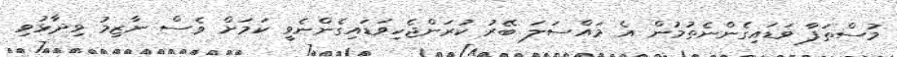
މުސްތަފާ ވަޑައިގެންނެތުމުން އެ މައްސަލަ ބޭރު ކުރަންޖެހިވަޑައިގެންނެވީ ކަމަށް ވެސް ނާޒިމު ވިދާޅުވި